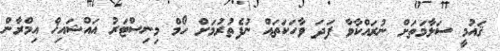
ޤައުމީ ސަލާމަތަށް ނުރައްކާވާ ފަދަ ވާހަކަތައް ނުފެތުރުމަށް ހޯމް މިނިސްޓަރު އައްޝައިޚް އިމްރާން